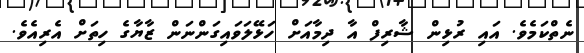
ނެތްކަމެވެ. އައި ރުޅިން ޝާރިފް އާ ދިމާއަށް ހަޅޭލަވައިގަންނަން ޒާޔާގެ ހިތަށް އެރިއެވެ.